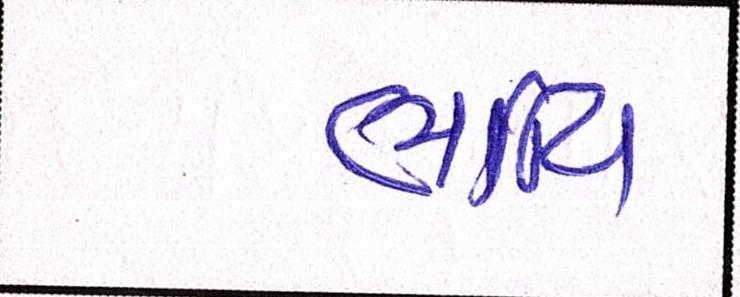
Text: ભાવિ